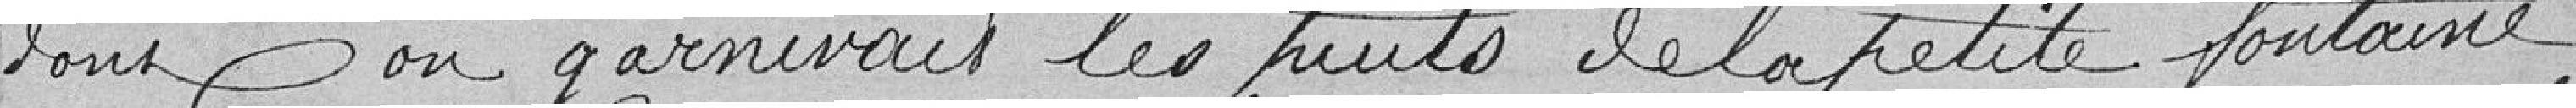
dont on garnirait les puits de la petite fontaine